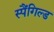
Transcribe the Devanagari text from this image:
स्पैंगिल्ड